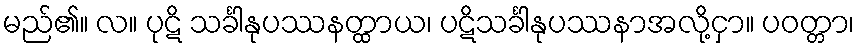
မည်၏။ လ။ ပုဋိ သင်္ခါနုပဿနတ္ထာယ၊ ပဋိသင်္ခါနုပဿနာအလို့ငှာ။ ပဝတ္တာ၊